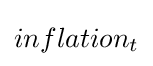
inflation_{t}